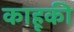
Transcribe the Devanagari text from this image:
काहूकी